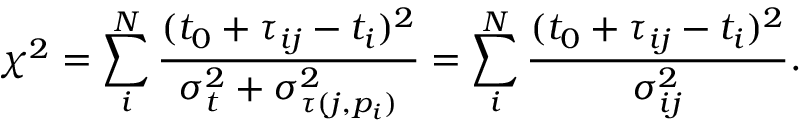
\chi ^ { 2 } = \sum _ { i } ^ { N } \frac { ( t _ { 0 } + \tau _ { i j } - t _ { i } ) ^ { 2 } } { \sigma _ { t } ^ { 2 } + \sigma _ { \tau ( j , p _ { i } ) } ^ { 2 } } = \sum _ { i } ^ { N } \frac { ( t _ { 0 } + \tau _ { i j } - t _ { i } ) ^ { 2 } } { \sigma _ { i j } ^ { 2 } } .